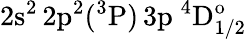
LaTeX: \mathrm{2s^{2}\, 2p^{2}(^{3}P)\, 3p~^{4}D_{1/2}^{o}}